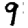
Digit: 9